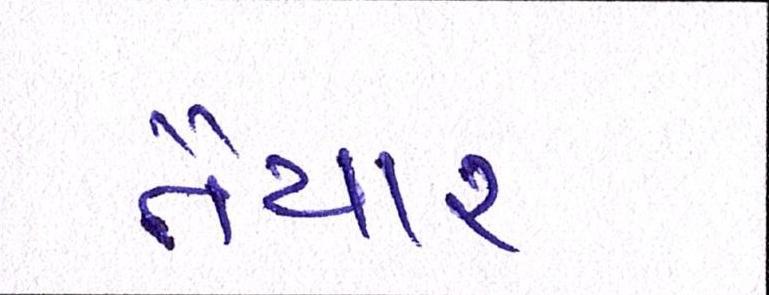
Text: તૈયાર